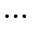
\ldots